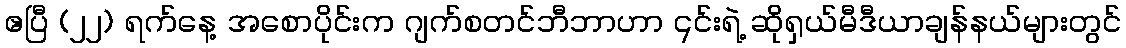
ဧပြီ (၂၂) ရက်နေ့ အစောပိုင်းက ဂျက်စတင်ဘီဘာဟာ ၎င်းရဲ့ ဆိုရှယ်မီဒီယာချန်နယ်များတွင်